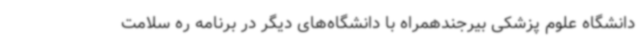
دانشگاه علوم پزشکی بیرجندهمراه با دانشگاه‌های دیگر در برنامه ره سلامت